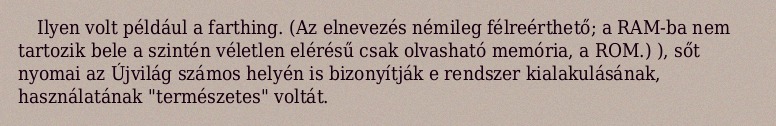
Ilyen volt például a farthing. (Az elnevezés némileg félreérthető; a RAM-ba nem tartozik bele a szintén véletlen elérésű csak olvasható memória, a ROM.) ), sőt nyomai az Újvilág számos helyén is bizonyítják e rendszer kialakulásának, használatának "természetes" voltát.